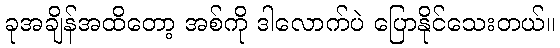
ခုအချိန်အထိတော့ အစ်ကို ဒါလောက်ပဲ ပြောနိုင်သေးတယ်။